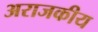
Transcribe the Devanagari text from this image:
अराजकीय